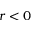
r < 0